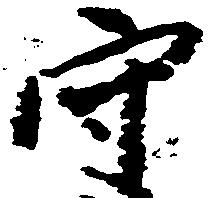
守